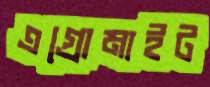
এগ্রোমাইট